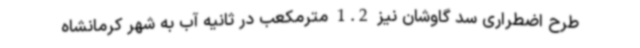
طرح اضطراری سد گاوشان نیز 1.2 مترمکعب در ثانیه آب به شهر کرمانشاه